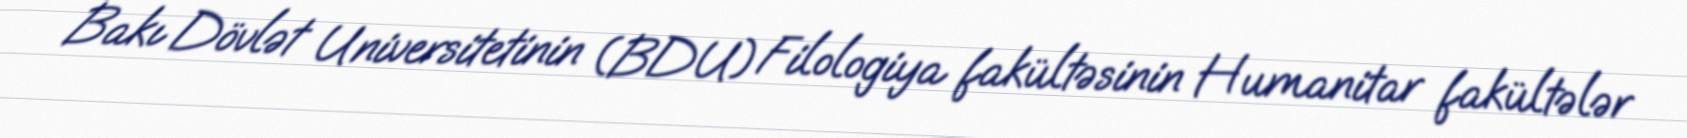
Bakı Dövlət Universitetinin (BDU) Filologiya fakültəsinin Humanitar fakültələr